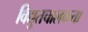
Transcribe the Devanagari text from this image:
विद्युतचालकता